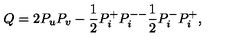
Q = 2 P _ { u } P _ { v } - \frac { 1 } { 2 } P _ { i } ^ { + } P _ { i } ^ { -- } \frac { 1 } { 2 } P _ { i } ^ { - } P _ { i } ^ { + } ,